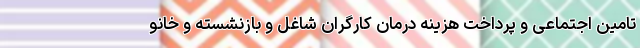
تامین اجتماعی و پرداخت هزینه درمان کارگران شاغل و بازنشسته و خانو